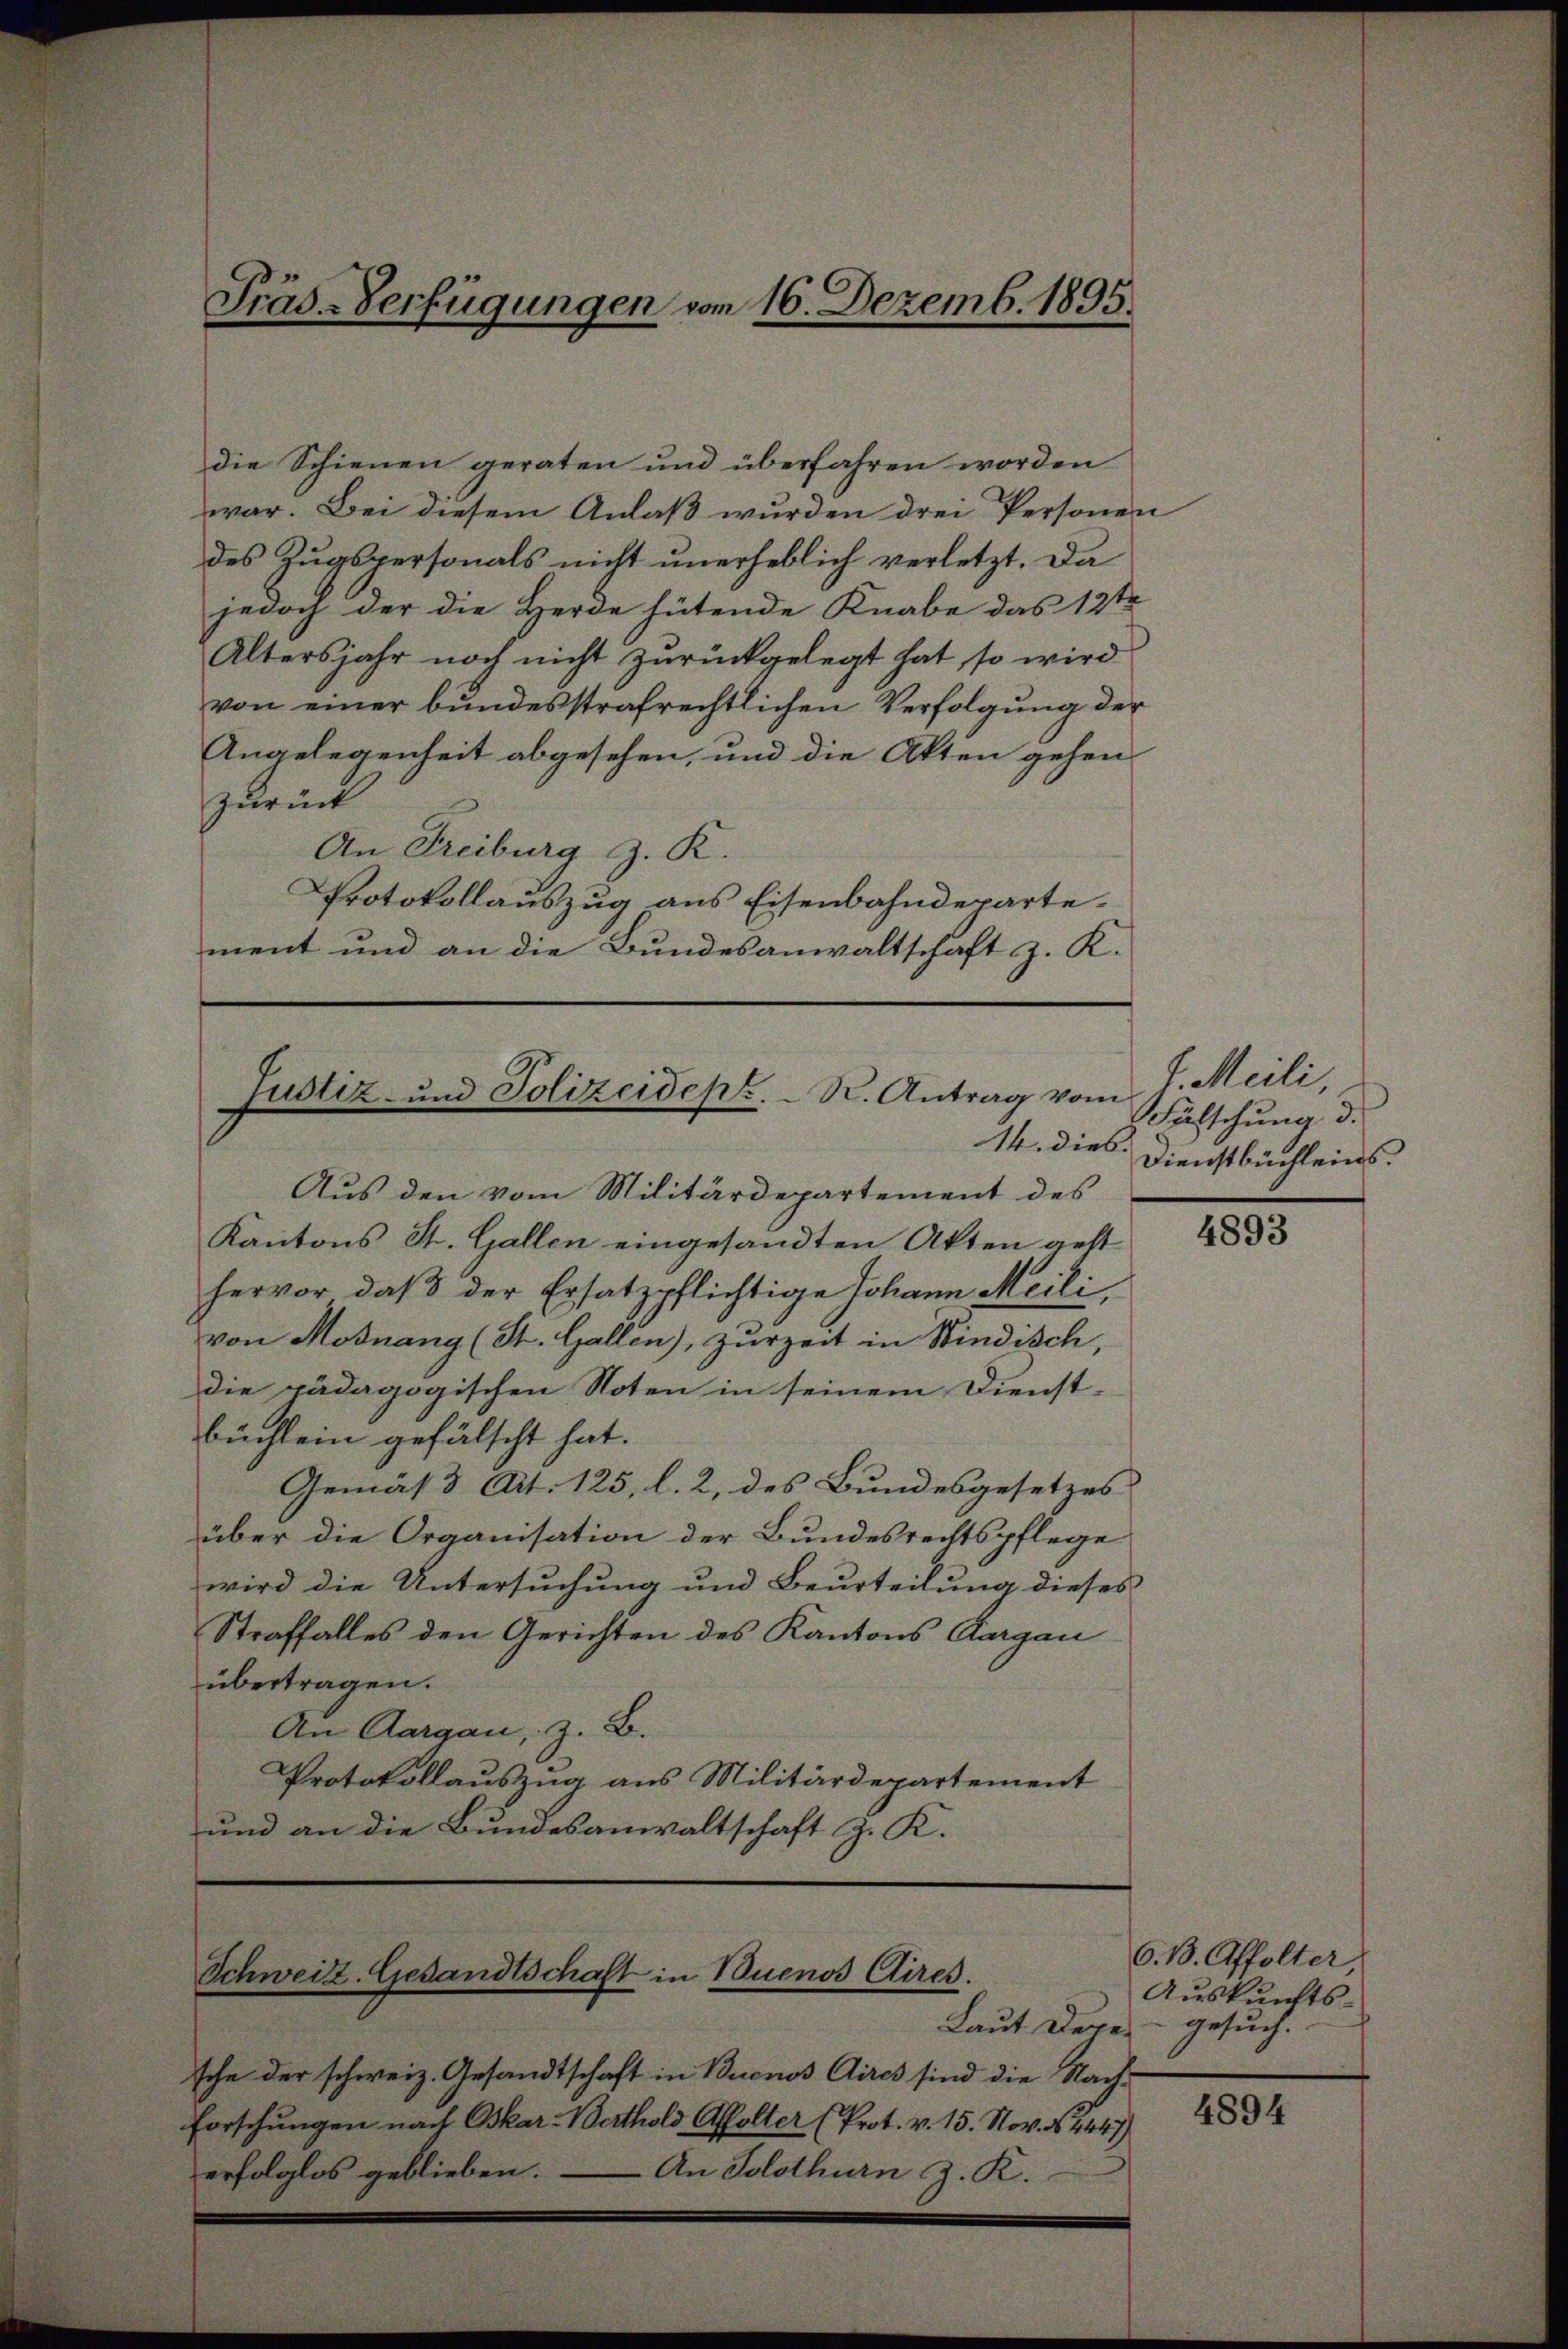
Präs-Verfügungen vom 16. Dezemb. 1895.

die Schienen geraten und überfahren worden
war. Bei diesem Anlaß wurden drei Personen
des Zugspersonals nicht unerheblich verletzt. Da
jedoch der die Herde hütende Knabe das 12te
Altersjahr noch nicht zurückgelegt hat, so wird
von einer bundesstrafrechtlichen Verfolgung der
Angelegenheit abgesehen, und die Akten gehen
zurück
An Freiburg z. R.
Protokollauszug aus Eisenbahndepartement und an die Bundesanwaltschaft z. K.
Justiz- und Polizeidepr. K. Antrag vom
14. dies. Dienstbüchleins.

Schweiz. Gesandtschaft in Buenos Aires.

Aus den vom Militärdepartement des
Kantons St. Gallen eingesandten Akten gelt
hervor, daβ der Ersatzpflichtige Johann Meili,
von Mosnang (St. Gallen), zurzeit in Windisch,
die pädagogischen Noten in seinem Dienst-
büchlein gefälscht hat.
Gemäß Art. 125, l. 2, des Bundesgesetzes
über die Organisation der Bundesrechtspflege
wird die Untersuchung und Beurteilung dieses
Straffalles den Gerichten des Kantons Aargau
übertragen.
An Aargau, z. B.
Protokollauszug aus Militärdepartement
und an die Bundesanwaltschaft z. K.

sche der schweiz. Gesandtschaft in Buenos Aires sind die Nach-
Forschungen nach Oskar-Berthold Affolter (Prot. v. 15. Nov. 14447)
erfolglos geblieben. — An Solothurn z. K.

J. Meili
Fälschung d.

4893

O. B. Affolter,
Auskunfts¬
Laut Degen gesuch.

4894